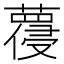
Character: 𱾯